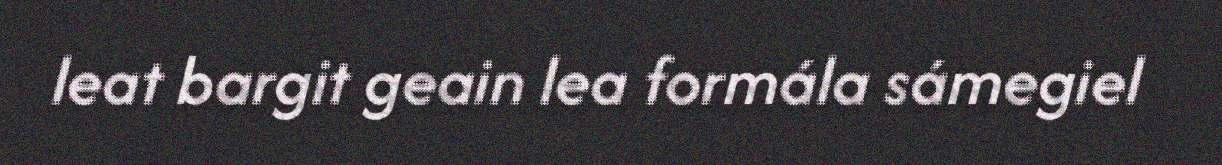
leat bargit geain lea formála sámegiel